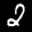
Label: 2